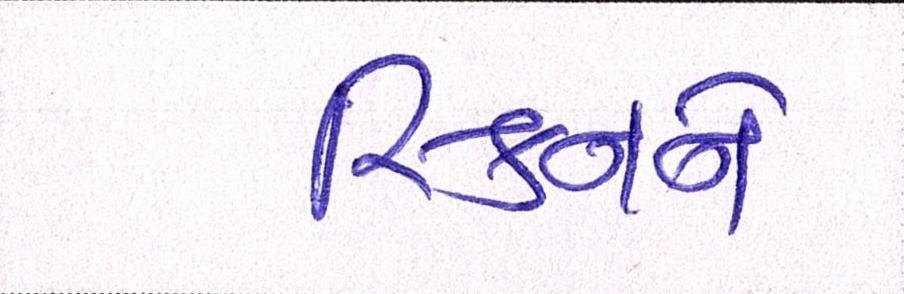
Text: સ્કિનને